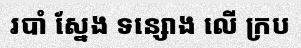
របាំ ស្នែង ទន្សោង លើ ក្រប